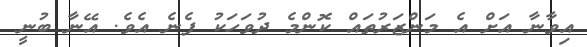
އިވާނާ އަށް އެ މަންޒަރުތައް ކޮންމެ ދުވަހަކު ފެނެ އެވެ. އޭނާ ބުނީ